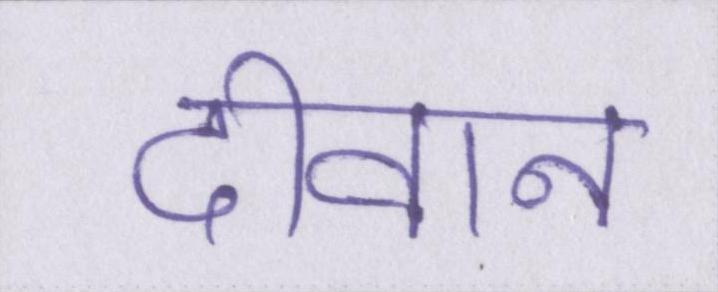
दीवान